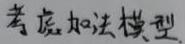
考虑加法模型